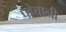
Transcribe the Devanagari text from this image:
पहेचानी